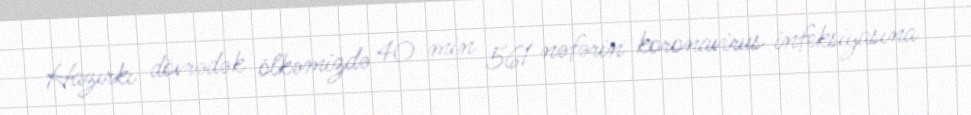
Hazırkı dövrədək ölkəmizdə 40 min 561 nəfərin koronavirus infeksiyasına